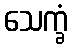
သေက္ခံ